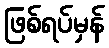
ဖြစ်ရပ်မှန်